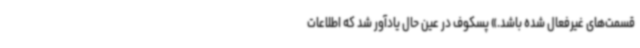
قسمت‌های غیرفعال شده باشد.» پسکوف در عین حال یادآور شد که اطلاعات